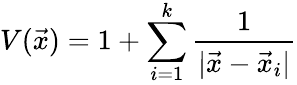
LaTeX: V(\vec{x})=1+\sum_{i=1}^{k}{\frac{1}{|\vec{x}-\vec{x}_{i}|}}